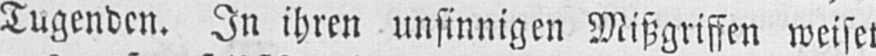
Tugenden. In ihren unsinnigen Mißgriffen weiset